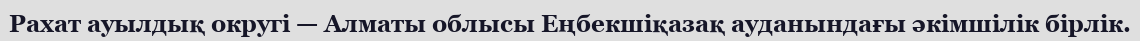
Рахат ауылдық округі — Алматы облысы Еңбекшіқазақ ауданындағы әкімшілік бірлік.